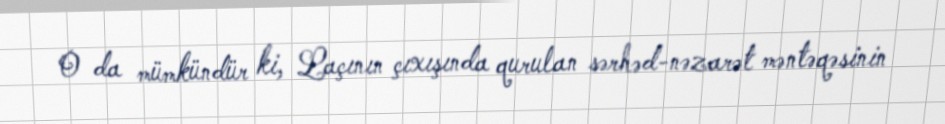
O da mümkündür ki, Laçının çıxışında qurulan sərhəd-nəzarət məntəqəsinin